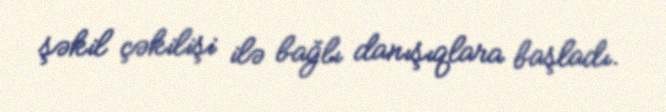
şəkil çəkilişi ilə bağlı danışıqlara başladı.